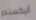
أليكسندر